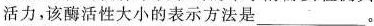
活力，该酶活性大小的表示方法是___。